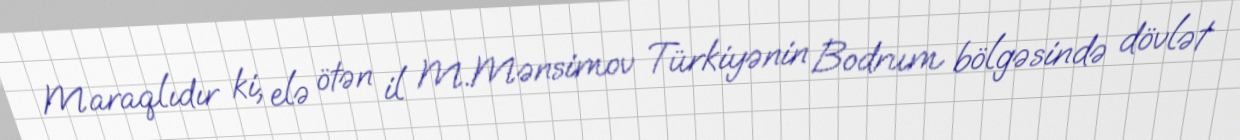
Maraqlıdır ki, elə ötən il M.Mənsimov Türkiyənin Bodrum bölgəsində dövlət